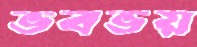
ভবভয়